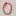
Text: 0